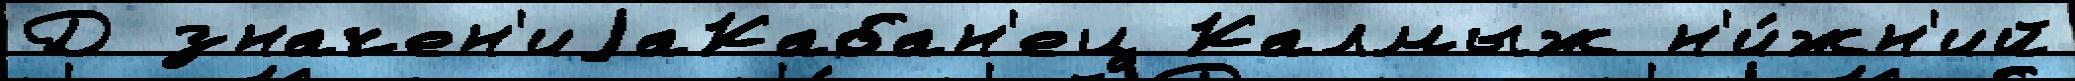
Д значен'иjаКабан'ец Калмыж н'и́жн'ий